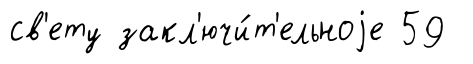
св'ету закл'ючи́т'ельноjе 59